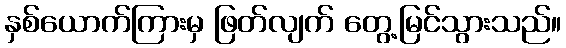
နှစ်ယောက်ကြားမှ ဖြတ်လျက် တွေ့မြင်သွားသည်။